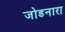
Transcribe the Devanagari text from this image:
जोडनारा